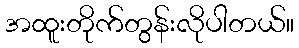
အထူးတိုက်တွန်းလိုပါတယ်။